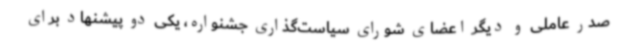
صدر عاملی و دیگر اعضای شورای سیاست‌گذاری جشنواره، یکی دو پیشنهاد برای